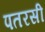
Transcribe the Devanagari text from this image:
पतरसी